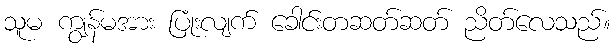
သူမ ကျွန်မအား ပြုံးလျက် ခေါင်းတဆတ်ဆတ် ညိတ်လေသည်။